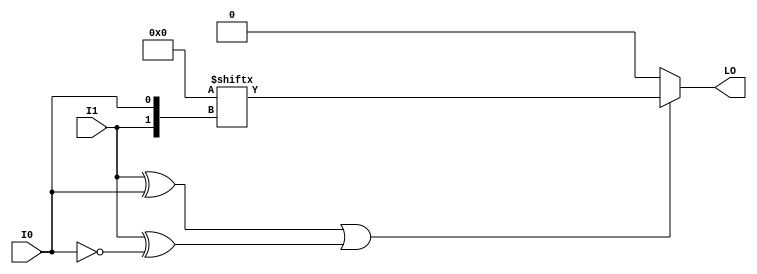
module LUT2_L (LO, I0, I1);

    parameter INIT = 4'h0;

    input I0, I1;

    output LO;

    reg  LO;
    wire [1:0] s;

    assign s = {I1, I0};

    always @(s)
       if ((s[1]^s[0] ==1) || (s[1]^s[0] ==0))
           LO = INIT[s];
         else if ((INIT[0] == INIT[1]) && (INIT[2] == INIT[3]) && (INIT[0] == INIT[2])) 
           LO = INIT[0];
         else if ((s[1] == 0) && (INIT[0] == INIT[1]))
           LO = INIT[0];
         else if ((s[1] == 1) && (INIT[2] == INIT[3])) 
           LO = INIT[2];
         else if ((s[0] == 0) && (INIT[0] == INIT[2])) 
           LO = INIT[0];
         else if ((s[0] == 1) && (INIT[1] == INIT[3]))
           LO = INIT[1];
         else
           LO = 1'bx;

endmodule